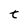
Character: t